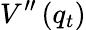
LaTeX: V^{\prime\prime}\left(q_{t}\right)